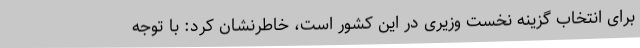
برای انتخاب گزینه نخست وزیری در این کشور است، خاطرنشان کرد: با توجه